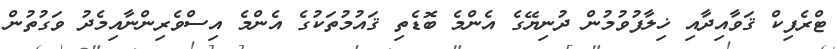
ޓްރެފިކް ޤަވާއިދާއި ޚިލާފުވުމުން ދުނިޔޭގެ އެންމެ ބޮޑެތި ޤައުމުތަކުގެ އެންމެ އިސްވެރިންނާއިމެދު ވަގުތުން